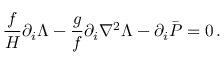
\frac { f } { H } \partial _ { i } \Lambda - \frac { g } { f } \partial _ { i } \nabla ^ { 2 } \Lambda - \partial _ { i } \bar { P } = 0 \, .